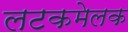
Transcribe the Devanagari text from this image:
लटकमेलक